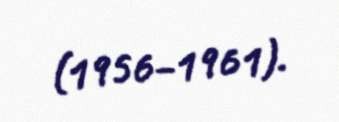
(1956–1961).